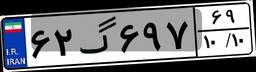
۶۲گ۶۹۷۶۹